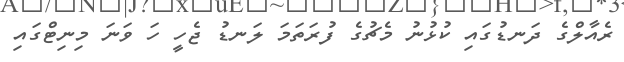
ރެއާލްގެ ދަނޑުގައި ކުޅުނު މެޗުގެ ފުރަތަމަ ލަނޑު ޖެހީ ހަ ވަނަ މިނިޓްގައި